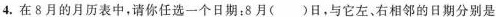
4.在8月的月历表中，请你任选一个日期：8月()日，与它左，右相邻的日期分别是